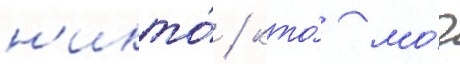
н'икто́ / кто́ мо́г